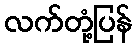
လက်တုံ့ပြန်